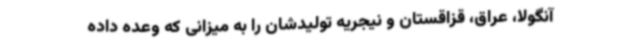
آنگولا، عراق، قزاقستان و نیجریه تولیدشان را به میزانی که وعده داده